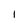
Character: 1